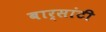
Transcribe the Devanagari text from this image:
बार्सांटी